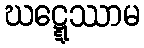
ဃဋ္ဋေဿာမ